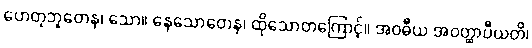
ဟေတုဘူတေန၊ သော။ နေသောတေန၊ ထိုသောတကြောင့်။ အဝဓီယ အဝတ္ထာပီယတိ၊